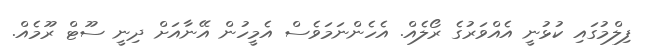
ފިލްމުގައި ކުޅުނީ އެއްވަރުގެ ރޯލެއް. އެހެންނަމަވެސް އެމީހުން އޭނާއަށް ދިނީ ސޫޓް ރޫމެއް.